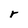
Character: r